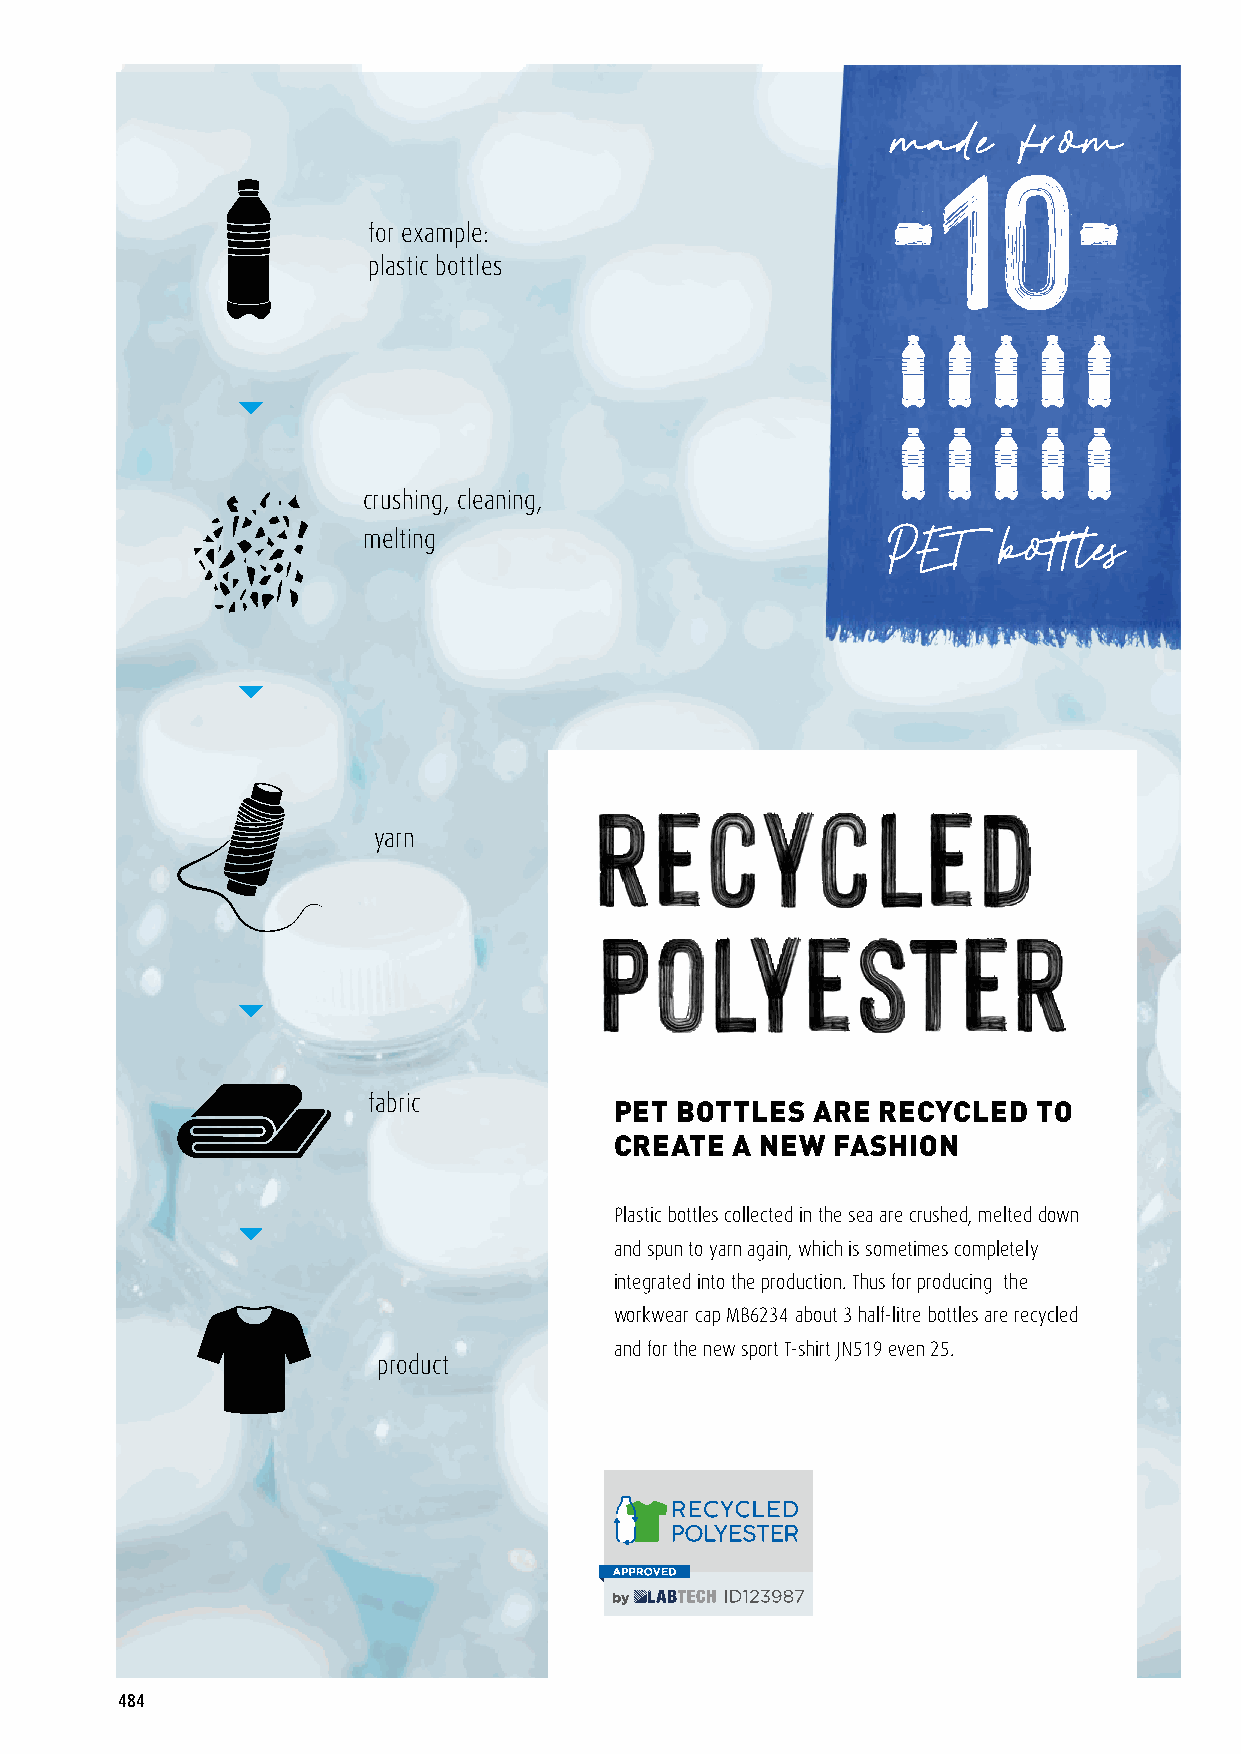
-10-
 for example:
 plastic bottles
 crushing, cleaning,
 melting
 yarn
 fabric           PET BOTTLES  ARE RECYCLED   TO
 CREATE A NEW  FASHION
 Plastic bottles collected in the sea are crushed, melted down
 and spun to yarn again, which is sometimes completely
 integrated into the production. Thus for producing the
 workwear cap MB6234 about 3 half-litre bottles are recycled
 and for the new sport T-shirt JN519 even 25.
 product
 484